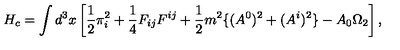
H _ { c } = \int d ^ { 3 } x \left[ \frac { 1 } { 2 } \pi _ { i } ^ { 2 } + \frac { 1 } { 4 } F _ { i j } F ^ { i j } + \frac { 1 } { 2 } m ^ { 2 } \{ ( A ^ { 0 } ) ^ { 2 } + ( A ^ { i } ) ^ { 2 } \} - A _ { 0 } \Omega _ { 2 } \right] ,